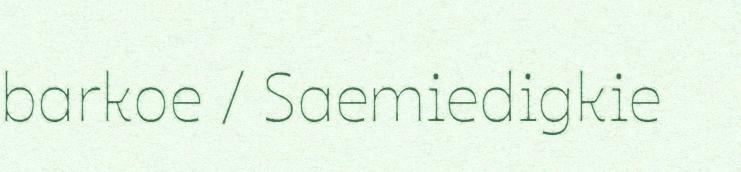
barkoe / Saemiedigkie